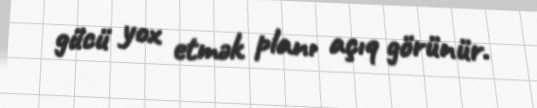
gücü yox etmək planı açıq görünür.